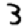
Digit: 3